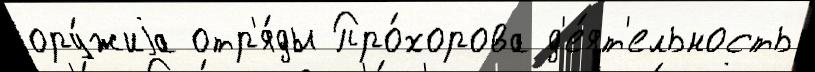
ору́жиjа отр'я́ды Про́хорова д'е́ят'ельность